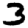
Digit: 3